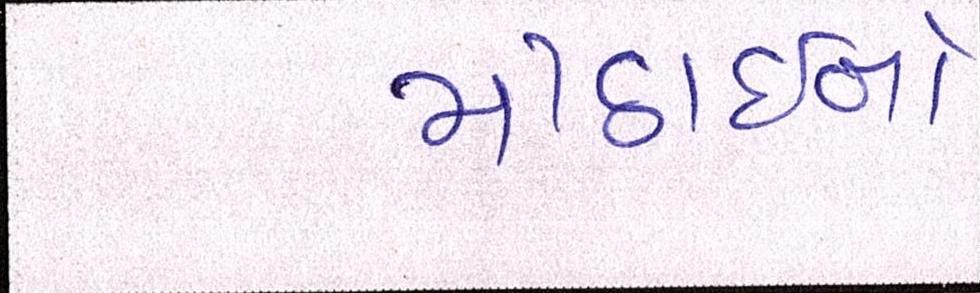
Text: મીઠાઈનો